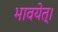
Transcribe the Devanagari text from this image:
भावयेत्‌।